Annual statistical returns and brief notes on vaccination in Bengal - 1896-1909
Year: 1896
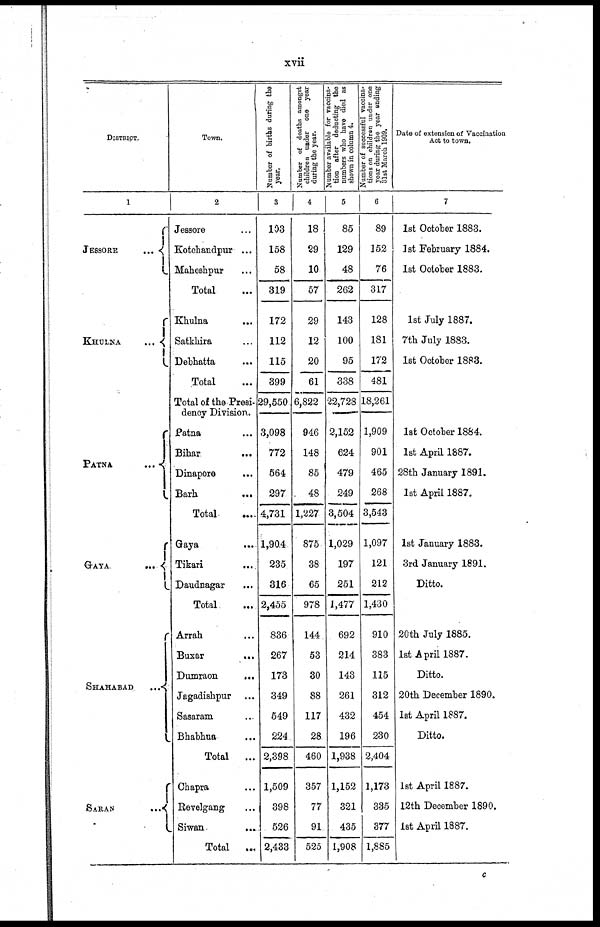
xvii
DISTRICT.
1
JESSORE
KHULNA
...
PATNA
...
GAYA.
...
SHAHABAD
...
SARAN ...
Town.
2
Jessore ...
Kotchandpur ...
Maheshpur ...
Total ...
Khulna ...
Satkhira ...
Debhatta ...
Total ...
Total of the Presi-
dency Division.
Patna ...
Bihar
...
Dinapore
...
Barh
...
Total. ...
Gaya ...
Tikari ...
Daudnagar ...
Total ...
Arrah ...
Buxar
...
Dumraon
...
Jagadishpur ...
Sasaram ...
Bhabhua ...
Total
...
Chapra ...
Revelgang ...
Siwan ...
Total
...
Number of births during the
year.
3
103
158
58
319
172
112
115
399
29,550
3,098
772
564
297
4,731
1,904
235
316
2,455
836
267
173
349
549
224
2,398
1,509
398
526
2,433
Number of deaths amongst
children under one year
during the year.
4
18
29
10
57
29
12
20
61
6,822
946
148
85
48
1,227
875
38
65
978
144
53
30
88
117
28
460
357
77
91
525
Number available for vaccina-
tion after deducting the
numbers who have died as
shown in column 4.
5
85
129
48
262
143
100
95
338
22,728
2,152
624
479
249
3,504
1,029
197
251
1,477
692
214
143
261
432
196
1,938
1,152
321
435
1,908
Number of successful vaccina-
tions on children under one
year during the year ending
31st March 1909.
6
89
152
76
317
128
181
172
481
18,261
1,909
901
465
268
3,543
1,097
121
212
1,430
910
383
115
312
454
230
2,404
1,173
335
377
1,885
Date of extension of Vaccination
Act to town.
7
1st October 1883.
1st February 1884.
1st October 1883.
1st July 1887.
7th July 1883.
1st October 1883.
1st October 1884.
1st April 1887.
28th January 1891.
1st April 1887.
1st January 1883.
3rd January 1891.
Ditto.
20th July 1885.
1st April 1887.
Ditto.
20th December 1890.
1st April 1887.
Ditto.
1st April 1887.
12th December 1890.
1st April 1887.
c